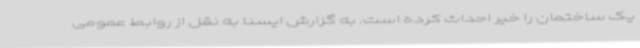
یک ساختمان را خیر احداث کرده است. به گزارش ایسنا به نقل از روابط عمومی